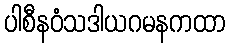
ပါစီနဝံသဒါယဂမနကထာ